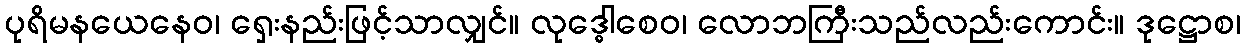
ပုရိမနယေနေဝ၊ ရှေးနည်းဖြင့်သာလျှင်။ လုဒ္ဓေါစေဝ၊ လောဘကြီးသည်လည်းကောင်း။ ဒုဋ္ဌောစ၊